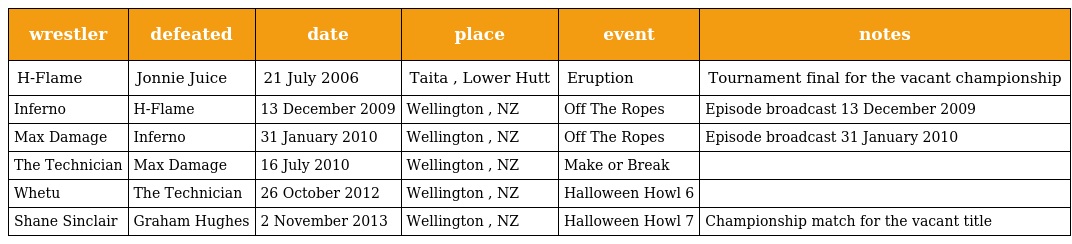
| wrestler | defeated | date | place | event | notes |
 | --- | --- | --- | --- | --- | --- |
 | H-Flame | Jonnie Juice | 21 July 2006 | Taita , Lower Hutt | Eruption | Tournament final for the vacant championship |
 | Inferno | H-Flame | 13 December 2009 | Wellington , NZ | Off The Ropes | Episode broadcast 13 December 2009 |
 | Max Damage | Inferno | 31 January 2010 | Wellington , NZ | Off The Ropes | Episode broadcast 31 January 2010 |
 | The Technician | Max Damage | 16 July 2010 | Wellington , NZ | Make or Break |  |
 | Whetu | The Technician | 26 October 2012 | Wellington , NZ | Halloween Howl 6 |  |
 | Shane Sinclair | Graham Hughes | 2 November 2013 | Wellington , NZ | Halloween Howl 7 | Championship match for the vacant title |